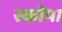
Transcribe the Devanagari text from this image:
स्कोपा